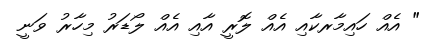
" އެއް ހައިމާރކާއި އެއް ލޮރީ އާއި އެއް ލޯޑަރު މިހާރު ވަނީ